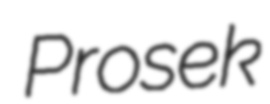
Prosek